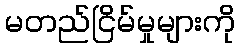
မတည်ငြိမ်မှုများကို